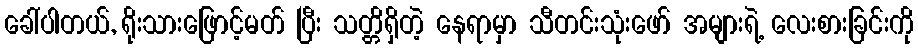
ခေါ်ပါတယ်, ရိုးသားဖြောင့်မတ် ပြီး သတ္တိရှိတဲ့ နေရာမှာ သီတင်းသုံးဖော် အများရဲ့ လေးစားခြင်းကို